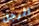
الرجل